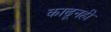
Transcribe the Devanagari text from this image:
काढूनही